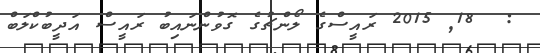
:  18